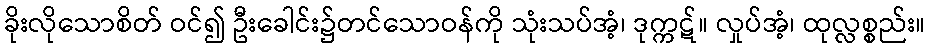
ခိုးလိုသောစိတ် ဝင်၍ ဦးခေါင်း၌တင်သောဝန်ကို သုံးသပ်အံ့၊ ဒုက္ကဋ်။ လှုပ်အံ့၊ ထုလ္လစ္စည်း။